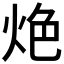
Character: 𰞑